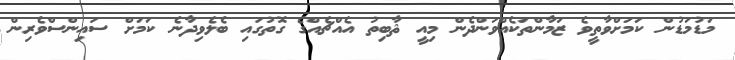
މަޑުމަޑުން ކަމަށްވާތީވެ ޒަމާންތަކެއްވަންދެން މިއީ ޘާބިތު އެއްޗެއްގެ ގޮތުގައި ބެލެވިދާނެ ކަމަށް ސައިންސްވެރިން